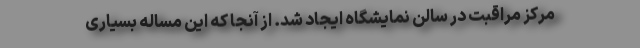
مرکز مراقبت در سالن نمایشگاه ایجاد شد. از آنجا که این مساله بسیاری